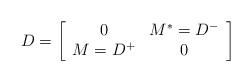
LaTeX: \begin{align*}D=\left[ \begin{array}{cc}0 & M^{*}=D^{-} \\ M=D^{+} & 0\end{array}\right] \end{align*}